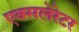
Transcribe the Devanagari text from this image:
एक्सलेरेटर